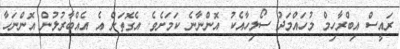
ރައީސް އިބްރާހިމް މުހައްމަދު ސޯލިހާއެކު އޮންނާނެ ކަމަށެވެ. އެގޮތަށް އެ އެއްބާރުލުން އޮންނަހާ